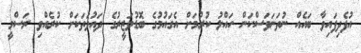
އުފެދިފައިވާ ބައެއް ނުތަނަވަސްކަން ހައްލު ކުރުމަށް އެގައުމުގެ ބޮޑުވަޒީރުގެ ދައުވަތަކަށް ކުރެއްވި ރަސްމީ